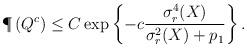
LaTeX: \begin{align*}& \P\left(Q^c\right)\leq C\exp\left\{-c\frac{\sigma_r^4(X)}{\sigma_r^2(X)+p_1}\right\}.\end{align*}